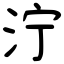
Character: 泞